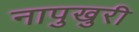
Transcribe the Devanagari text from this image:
नापुखुरी